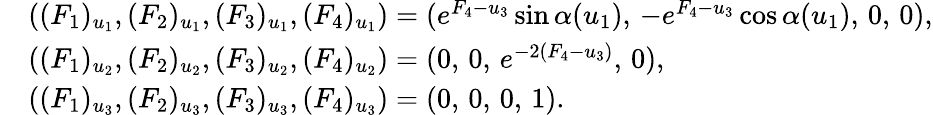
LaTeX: \begin{array}{rl}&{((F_{1})_{u_{1}},(F_{2})_{u_{1}},(F_{3})_{u_{1}},(F_{4})_{u_{1}})=(e^{F_{4}-u_{3}}\sin\alpha(u_{1}),\, -e^{F_{4}-u_{3}}\cos\alpha(u_{1}),\, 0,\, 0),}\\ &{((F_{1})_{u_{2}},(F_{2})_{u_{2}},(F_{3})_{u_{2}},(F_{4})_{u_{2}})=(0,\, 0,\, e^{-2(F_{4}-u_{3})},\, 0),}\\ &{((F_{1})_{u_{3}},(F_{2})_{u_{3}},(F_{3})_{u_{3}},(F_{4})_{u_{3}})=(0,\, 0,\, 0,\, 1).}\end{array}